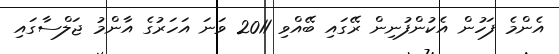
އެންމެ ފަހުން އެކުންފުނިން ރޭގައި ބޭއްވި 2011 ވަނަ އަހަރުގެ އާންމު ޖަލްސާގައި